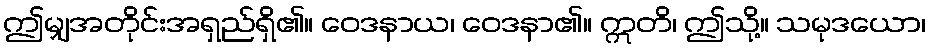
ဤမျှအတိုင်းအရှည်ရှိ၏။ ဝေဒနာယ၊ ဝေဒနာ၏။ ဣတိ၊ ဤသို့။ သမုဒယော၊